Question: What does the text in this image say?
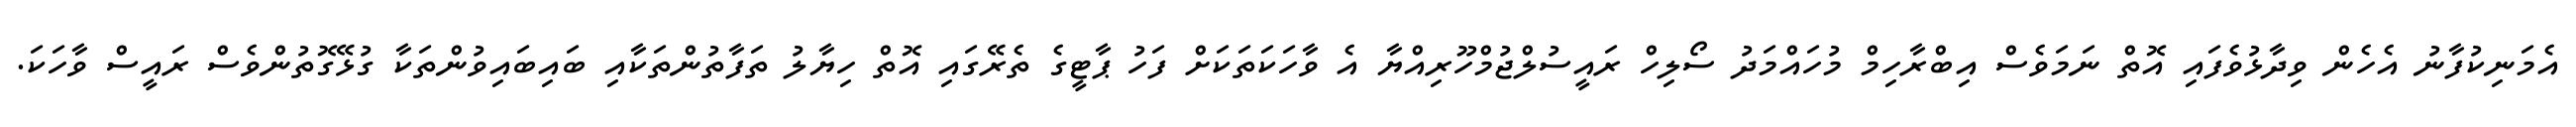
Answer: އެމަނިކުފާނު އެހެން ވިދާޅުވެފައި އޮތް ނަމަވެސް އިބްރާހިމް މުހައްމަދު ސޯލިހް ރައީސުލްޖުމްހޫރިއްޔާ އެ ވާހަކަތަކަށް ފަހު ޕާޓީގެ ތެރޭގައި އޮތް ހިޔާލު ތަފާތުންތަކާއި ބައިބައިވުންތަކާ ގުޅޭގޮތުންވެސް ރައީސް ވާހަކަ.